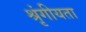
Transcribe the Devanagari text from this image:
श्रृंगीयता